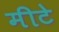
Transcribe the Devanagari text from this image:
मीटे